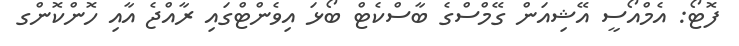
ފޮޓޯ: އެމްއޯސީ އޭޝިއަން ގޭމްސްގެ ބާސްކެޓް ބޯޅަ އިވެންޓްގައި ރާއްޖެ އާއި ހޮންކޮންގ